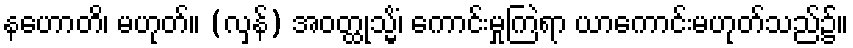
နဟောတိ၊ မဟုတ်။ (လှန်) အဝတ္ထုသ္မိံ၊ ကောင်းမှုကြဲရာ ယာကောင်းမဟုတ်သည်၌။